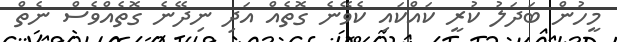
މީހުން ބަދަލު ކުރީ ކައްކައި ކެވޭނެ ގޮތެއް އަދި ނިދޭނެ ގޮތެއްވެސް ނެތް